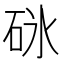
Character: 砯